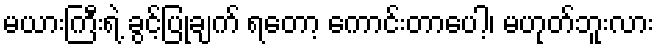
မယားကြီးရဲ့ ခွင့်ပြုချက် ရတော့ ကောင်းတာပေါ့၊ မဟုတ်ဘူးလား